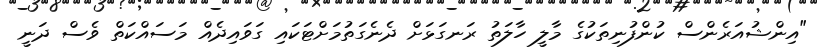
"އިންޝުއަރެންސް ކުންފުނިތަކުގެ މާލީ ހާލަތު ރަނގަޅަށް ދެނެގަތުމަށްޓަކައި ގަވައިދެއް މަސައްކަތް ވެސް ދަނީ